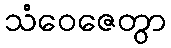
သံဝေဇေတွာ